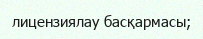
лицензиялау басқармасы;